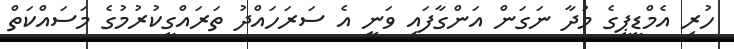
ހުރި އެމްޑީޕީގެ މުދާ ނަގަން އަންގާފައި ވަނީ އެ ސަރަހައްދު ތަރައްގީކުރުމުގެ މަސައްކަތް